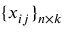
\{ x _ { i j } \} _ { n \times k }